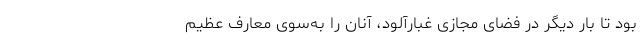
بود تا بار دیگر در فضای مجازی غبارآلود، آنان را به‌سوی معارف عظیم